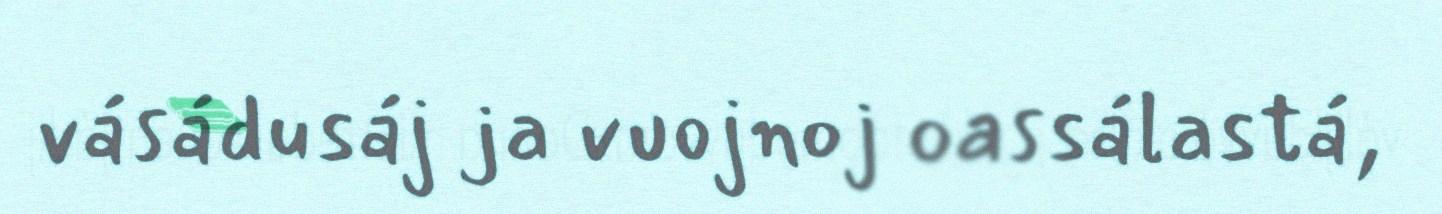
vásádusáj ja vuojnoj oassálastá,